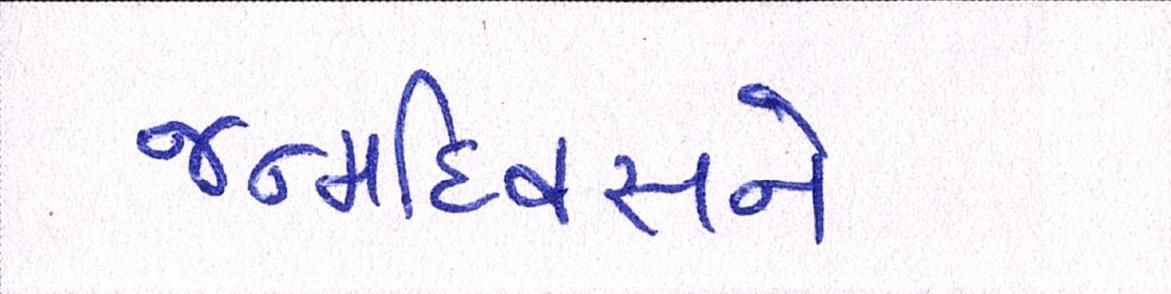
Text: જન્મદિવસને